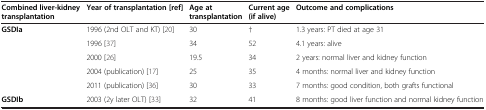
| Combined liver-kidney transplantation | Year of transplantation [ref] | Age at transplantation | Current age (if alive) | Outcome and complications |
 | --- | --- | --- | --- | --- |
 | GSDIa | 1996 (2nd OLT and KT) [20] | 30 | † | 1.3 years: PT died at age 31 |
 |  | 1996 [37] | 34 | 52 | 4.1 years: alive |
 |  | 2000 [26] | 19.5 | 34 | 2 years: normal liver and kidney function |
 |  | 2004 (publication) [17] | 25 | 35 | 4 months: normal liver and kidney function |
 |  | 2011 (publication) [36] | 30 | 33 | 7 months: good condition, both grafts functional |
 | GSDIb | 2003 (2y later OLT) [33] | 32 | 41 | 8 months: good liver function and normal kidney function |